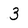
Character: 3